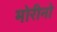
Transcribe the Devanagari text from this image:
मोरीनो